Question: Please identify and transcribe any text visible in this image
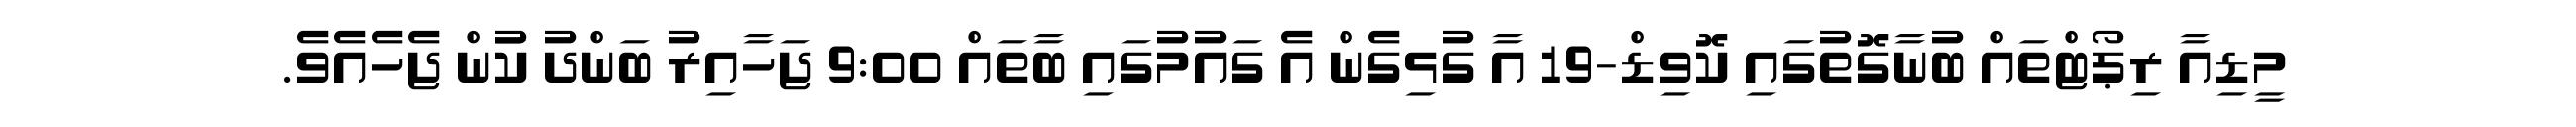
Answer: މީޑިއާ ރިޕޯޓްތައް ބުނާގޮތުގައި ކޮވިޑް-19 އާ ގުޅިގެން އެ ގައުމުގައި ބާތައް 9:00 ޖަހާއިރު ބަންދު ކުަން ޖެހެއެވެ.